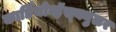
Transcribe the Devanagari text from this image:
कार्डियोव्हॅस्क्युलर